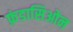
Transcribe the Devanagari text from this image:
फ़ंडासिओन